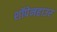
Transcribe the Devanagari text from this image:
शॉपेनहाउर